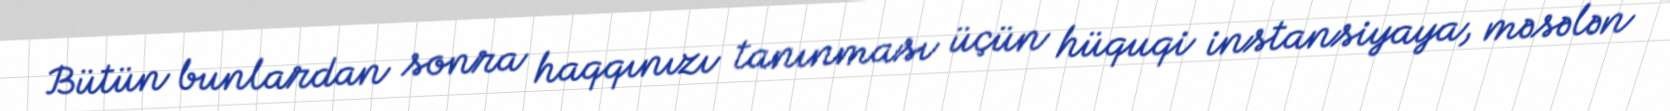
Bütün bunlardan sonra haqqınızı tanınması üçün hüquqi instansiyaya, məsələn